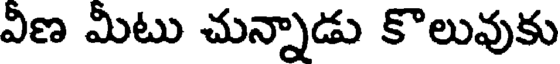
వీణ మీటు చున్నాడు కొలువుకు